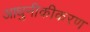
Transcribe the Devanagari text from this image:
आधुनीकीकरण